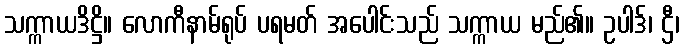
သက္ကာယဒိဋ္ဌိ။ လောကီနာမ်ရုပ် ပရမတ် အပေါင်းသည် သက္ကာယ မည်၏။ ဥပါဒ်၊ ဌီ၊